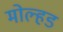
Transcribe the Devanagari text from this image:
मोल्हड